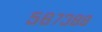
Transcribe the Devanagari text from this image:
५६७३८८